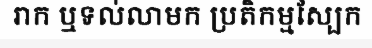
រាក ឬទល់លាមក ប្រតិកម្មស្បែក